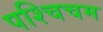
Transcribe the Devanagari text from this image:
पश्चिचम